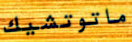
ماتوتشيك